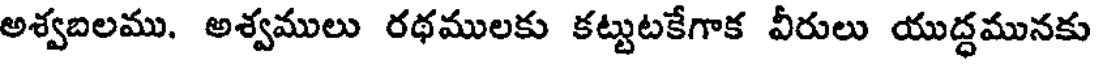
అశ్వబలము. అశ్వములు రథములకు కట్టుటకేగాక వీరులు యుద్ధమునకు